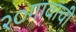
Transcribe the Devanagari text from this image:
२०गावांची